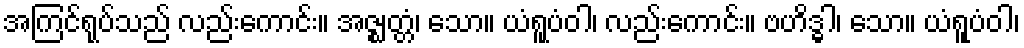
အကြင်ရုပ်သည် လည်းကောင်း။ အဇ္ဈတ္တံ၊ သော။ ယံရူပံဝါ၊ လည်းကောင်း။ ဗဟိဒ္ဓါ၊ သော။ ယံရူပံဝါ၊